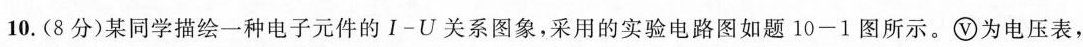
10.(8分)某同学描绘一种电子元件的I-U关系图象，采用的实验电路图如题10-1图所示。\bigcirc{V}为电压表，